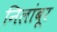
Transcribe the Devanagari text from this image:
निलांबूर